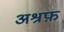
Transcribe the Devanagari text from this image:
अश्रफ़